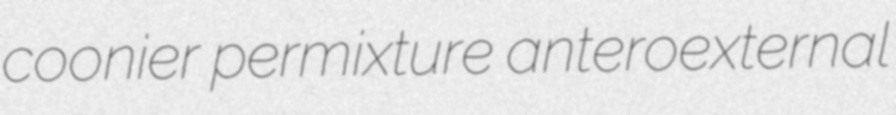
coonier permixture anteroexternal